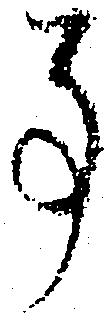
事